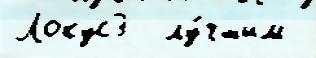
Локус3  лу́чшим